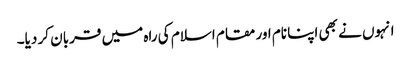
انہوں نے بھی اپنا نام اور مقام اسلام کی راہ میں قربان کر دیا۔